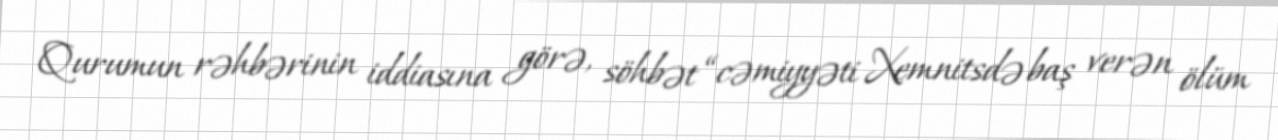
Qurumun rəhbərinin iddiasına görə, söhbət “cəmiyyəti Xemnitsdə baş verən ölüm